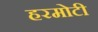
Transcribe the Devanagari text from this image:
हरमोटी